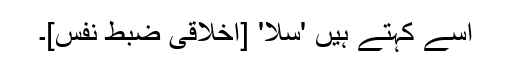
اسے کہتے ہیں 'سلا' [اخلاقی ضبط نفس]۔